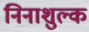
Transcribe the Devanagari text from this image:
निनाशुल्क